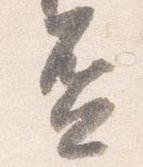
盃